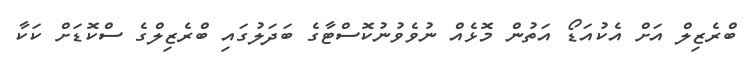
ބްރެޒިލް އަށް އެކުއަޑޯ އަތުން މޮޅެއް ނުވެވުނުކޮސްޓާގެ ބަދަލުގައި ބްރެޒިލްގެ ސްކޮޑަށް ކަކާ